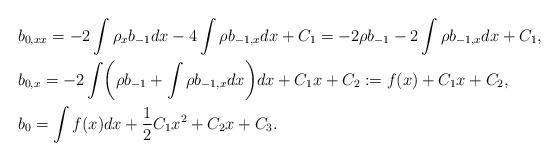
LaTeX: \begin{align*}& b_{0,xx}=-2\int\rho_{x}b_{-1} dx -4\int\rho b_{-1,x}dx + C_1 = -2\rho b_{-1} -2\int\rho b_{-1,x}dx +C_{1}, \\& b_{0,x}=-2\int\biggl(\rho b_{-1}+\int\rho b_{-1,x}dx\biggr)dx+C_{1}x+C_{2}:= f(x)+C_{1}x+C_{2}, \\& b_{0}=\int f(x) dx+\frac{1}{2}C_{1}x^{2}+C_{2}x+C_{3}.\end{align*}